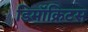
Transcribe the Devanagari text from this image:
डिमॉक्रिटस